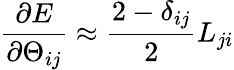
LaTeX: \frac{\partial E}{\partial\Theta_{ij}}\approx\frac{2-\delta_{ij}}{2}L_{ji}